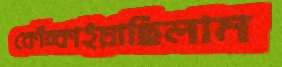
কোঁচ্‌কাইয়াছিলাম